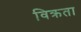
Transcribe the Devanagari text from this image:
विक्रता